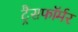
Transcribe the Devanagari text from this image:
ट्रैंसफॉर्मर